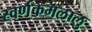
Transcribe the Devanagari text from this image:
स्वर्णकमलालु